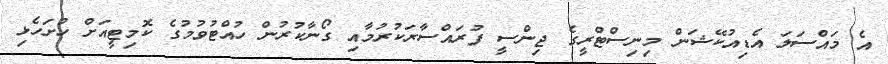
އެ މައްސަލަ އެޑިއުކޭޝަން މިނިސްޓްރީގެ ޖިންސީ ފުރައްސާރަކުރުމާއި ގޯނާކުރުން ހުއްޓުވުމުގެ ކޮމިޓީއަށް ހުށަހެޅި